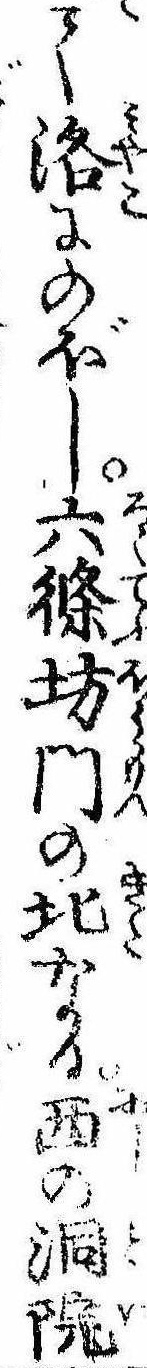
て洛にのぼし六条坊門の北なる西の洞院